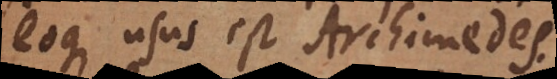
eoque usus est Archimedes.